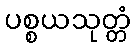
ပစ္စယသုတ္တံ